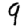
Digit: 9